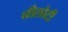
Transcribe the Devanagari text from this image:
नीलोटी